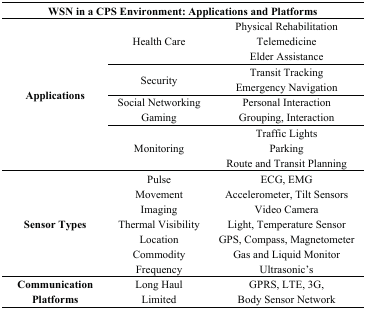
| <COLSPAN=3> WSN in a CPS Environment: Applications and Platforms |
 | --- | --- | --- |
 | <ROWSPAN=10> Applications | <ROWSPAN=3> Health Care | Physical Rehabilitation |
 | Telemedicine |
 | Elder Assistance |
 | <ROWSPAN=2> Security | Transit Tracking |
 | Emergency Navigation |
 | Social Networking | Personal Interaction |
 | Gaming | Grouping, Interaction |
 | <ROWSPAN=3> Monitoring | Traffic Lights |
 | Parking |
 | Route and Transit Planning |
 | <ROWSPAN=7> Sensor Types | Pulse | ECG, EMG |
 | Movement | Accelerometer, Tilt Sensors |
 | Imaging | Video Camera |
 | Thermal Visibility | Light, Temperature Sensor |
 | Location | GPS, Compass, Magnetometer |
 | Commodity | Gas and Liquid Monitor |
 | Frequency | Ultrasonic’s |
 | <ROWSPAN=2> Communication Platforms | Long Haul | GPRS, LTE, 3G, |
 | Limited | Body Sensor Network |